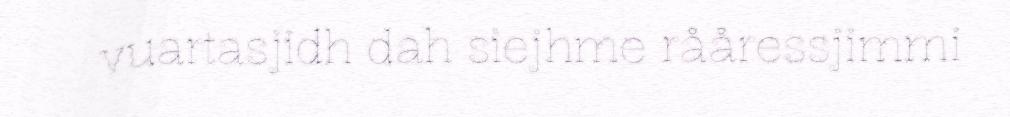
vuartasjidh dah siejhme rååressjimmi